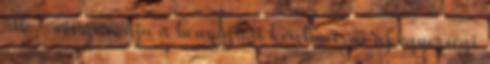
áll – visszavonja a benyújtott kérelmet, és új egyezségi